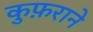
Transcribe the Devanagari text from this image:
कुफ़राने